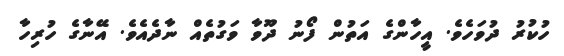
ހުކުރު ދުވަހެވެ. އީހާންގެ އަތުން ފޯނު ދޫވާ ވަގުތެއް ނާދެއެވެ. އޭނާގެ ހުރިހާ